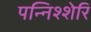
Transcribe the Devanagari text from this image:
पन्निश्शेरि